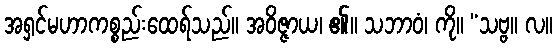
အရှင်မဟာကစ္စည်းထေရ်သည်။ အဝိဇ္ဇာယ၊ ၏။ သဘာဝံ၊ ကို။ “သဗ္ဗ။ လ။